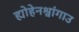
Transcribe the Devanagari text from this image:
ह्योहेनश्वांगाउ